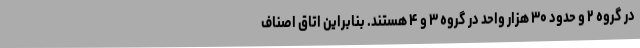
در گروه ۲ و حدود ۳۰ هزار واحد در گروه ۳ و ۴ هستند. بنابراین اتاق اصناف